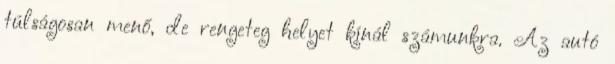
túlságosan menő, de rengeteg helyet kínál számunkra. Az autó